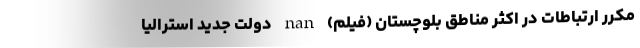
مکرر ارتباطات در اکثر مناطق بلوچستان (فیلم) nan دولت جدید استرالیا